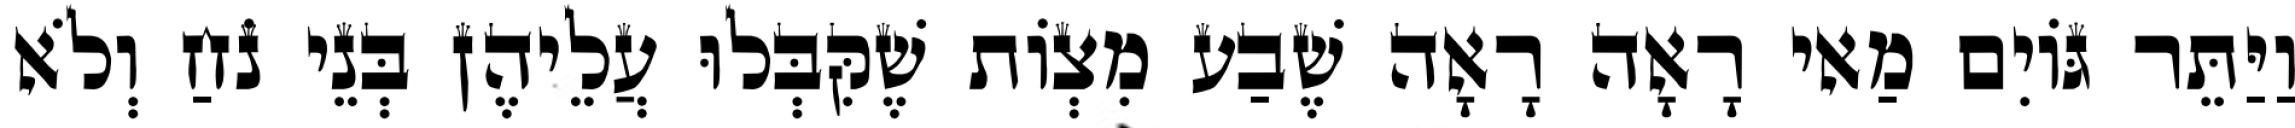
וַיַּתֵּר גּוֹיִם מַאי רָאָה רָאָה שֶׁבַע מִצְוֹת שֶׁקִּבְּלוּ עֲלֵיהֶן בְּנֵי נֹחַ וְלֹא